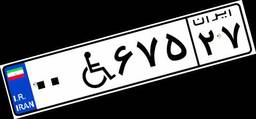
۰۰W۶۷۵۲۷